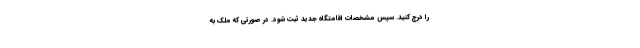
را درج کنید. سپس مشخصات اقامتگاه جدید ثبت شود. در صورتی که ملک به